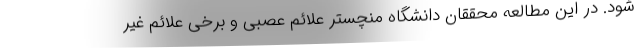
شود. در این مطالعه محققان دانشگاه منچستر علائم عصبی و برخی علائم غیر